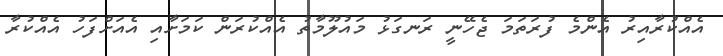
އެއްކުރާއިރު އެންމެ ފުރަތަމަ ޖެހޭނީ ރަނގަޅު މައުލޫމާތު އެއްކުރަން ކަމަށާއި އެއަށްފަހު އެއްކުރާ